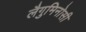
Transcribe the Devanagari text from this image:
लैगुमिनोसी